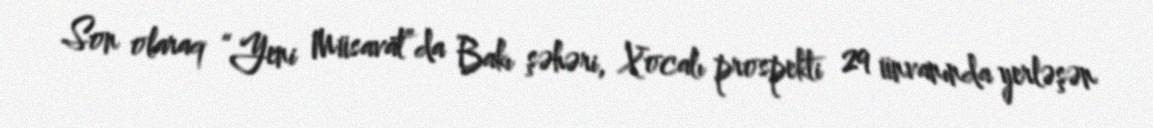
Son olaraq “Yeni Müsavat”da Bakı şəhəri, Xocalı prospekti 29 ünvanında yerləşən